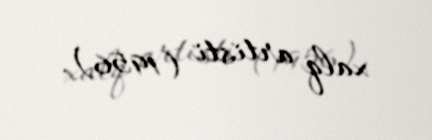
xalq artisti (1956).